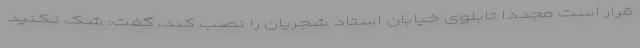
قرار است مجددا تابلوی خیابان استاد شجریان را نصب کند، گفت: شک نکنید